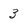
Character: 3